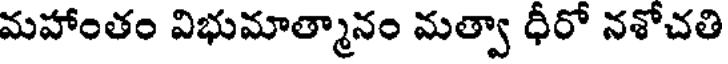
మహాంతం విభుమాత్మానం మత్వా ధీరో నశోచతి